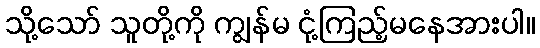
သို့သော် သူတို့ကို ကျွန်မ ငုံ့ကြည့်မနေအားပါ။